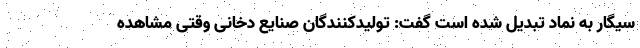
سیگار به نماد تبدیل شده است گفت: تولیدکنندگان صنایع دخانی وقتی مشاهده